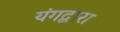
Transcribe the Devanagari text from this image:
यंगद्वारा